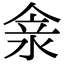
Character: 𠊺